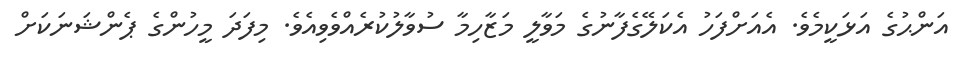
އަންޙުގެ އަޅަކީމެވެ. އެއަށްފަހު އެކަލޭގެފާނުގެ މަވާލީ މަޒާހިމާ ސުވާލުކުރެއްވެވިއެވެ. މިފަދަ މީހުންގެ ޕެންޝަނަކަށް